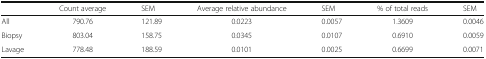
|  | Count average | SEM | Average relative abundance | SEM | % of total reads | SEM |
 | --- | --- | --- | --- | --- | --- | --- |
 | All | 790.76 | 121.89 | 0.0223 | 0.0057 | 1.3609 | 0.0046 |
 | Biopsy | 803.04 | 158.75 | 0.0345 | 0.0107 | 0.6910 | 0.0059 |
 | Lavage | 778.48 | 188.59 | 0.0101 | 0.0025 | 0.6699 | 0.0071 |